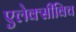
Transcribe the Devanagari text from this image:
एलेक्सीविच